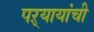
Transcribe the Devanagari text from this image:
पऱ्यायांची